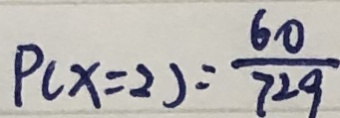
P ( x = 2 ) = \frac { 6 0 } { 7 2 9 }